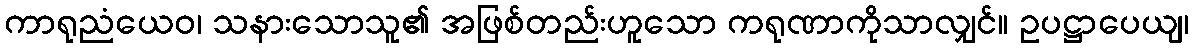
ကာရုညံယေဝ၊ သနားသောသူ၏ အဖြစ်တည်းဟူသော ကရုဏာကိုသာလျှင်။ ဥပဋ္ဌာပေယျ၊